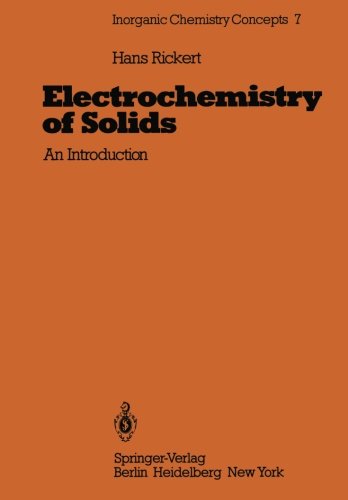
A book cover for Electrochemistry of Solids: An Introduction (Inorganic Chemistry Concepts); Hans Rickert; Science & Math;